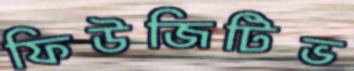
ফিউজিটিভ